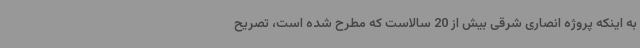
به اینکه پروژه انصاری شرقی بیش از 20 سالاست که مطرح‌ شده است، تصریح